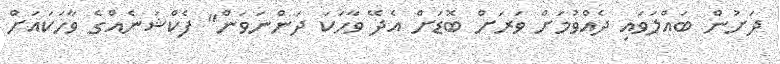
ދަށުން ބައްލަވައި ދެއްވުމަށް ވަރަށް ބޮޑަށް އެދޭ ވާހަކަ ދަންނަވަން" ފެކްޝަނެއްގެ ވާހަކައަށް